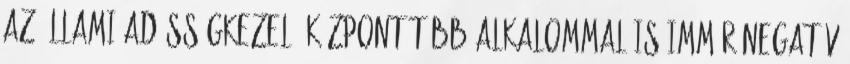
az Állami Adósságkezelő Központ több alkalommal is immár negatív